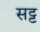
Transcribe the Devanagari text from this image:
सट्ट